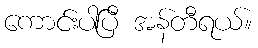
ကောင်းပါပြီ အန်တီရယ်။